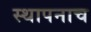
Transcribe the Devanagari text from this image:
स्थापनाच